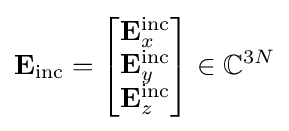
\mathbf {E} _{\mathrm {inc} }={\begin{bmatrix}\mathbf {E} _{x}^{\mathrm {inc} }\\\mathbf {E} _{y}^{\mathrm {inc} }\\\mathbf {E} _{z}^{\mathrm {inc} }\end{bmatrix}}\in \mathbb {C} ^{3N}